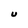
Character: U